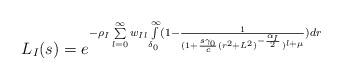
LaTeX: \begin{align*}L_I(s) =e^{-\rho_I\sum\limits_{l=0}^{\infty} w_{Il} \int\limits_{\delta_0}^{\infty} (1-\frac{1}{(1+\frac{s \gamma_0}{c} (r^2+L^2)^{-\frac{\alpha_I}{2}})^{l+\mu}}) d r}\end{align*}